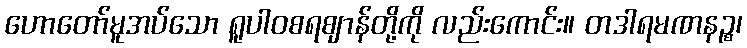
ဟောတော်မူအပ်သော ရူပါဝစရဈာန်တို့ကို လည်းကောင်း။ တဒါရမဏနဉ္စ၊